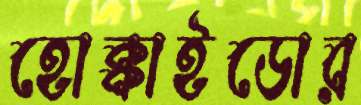
হোক্কাইডোর